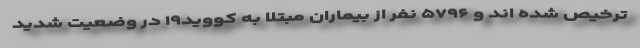
ترخیص شده اند و ۵۷۹۶ نفر از بیماران مبتلا به کووید۱۹ در وضعیت شدید